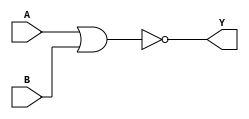
module sky130_fd_sc_hdll__nor2 (
    Y,
    A,
    B
);
    output Y;
    input  A;
    input  B;
    wire nor0_out_Y;
    nor nor0 (nor0_out_Y, A, B           );
    buf buf0 (Y         , nor0_out_Y     );
endmodule